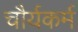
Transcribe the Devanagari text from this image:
चौर्यकर्म